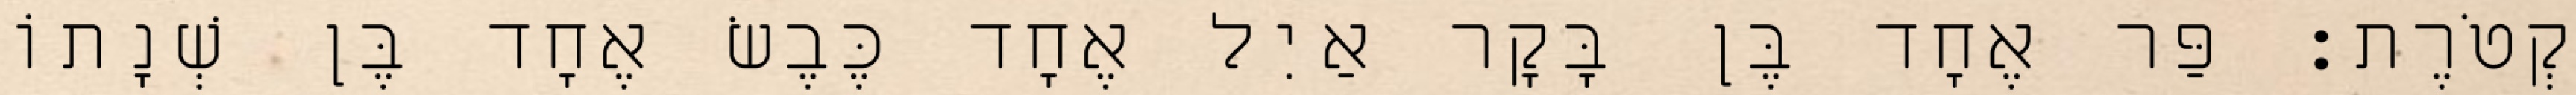
קְטֹרֶת׃ פַּר אֶחָד בֶּן בָּקָר אַיִל אֶחָד כֶּבֶשׂ אֶחָד בֶּן שְׁנָתוֹ